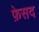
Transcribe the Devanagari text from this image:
फ़ेसद